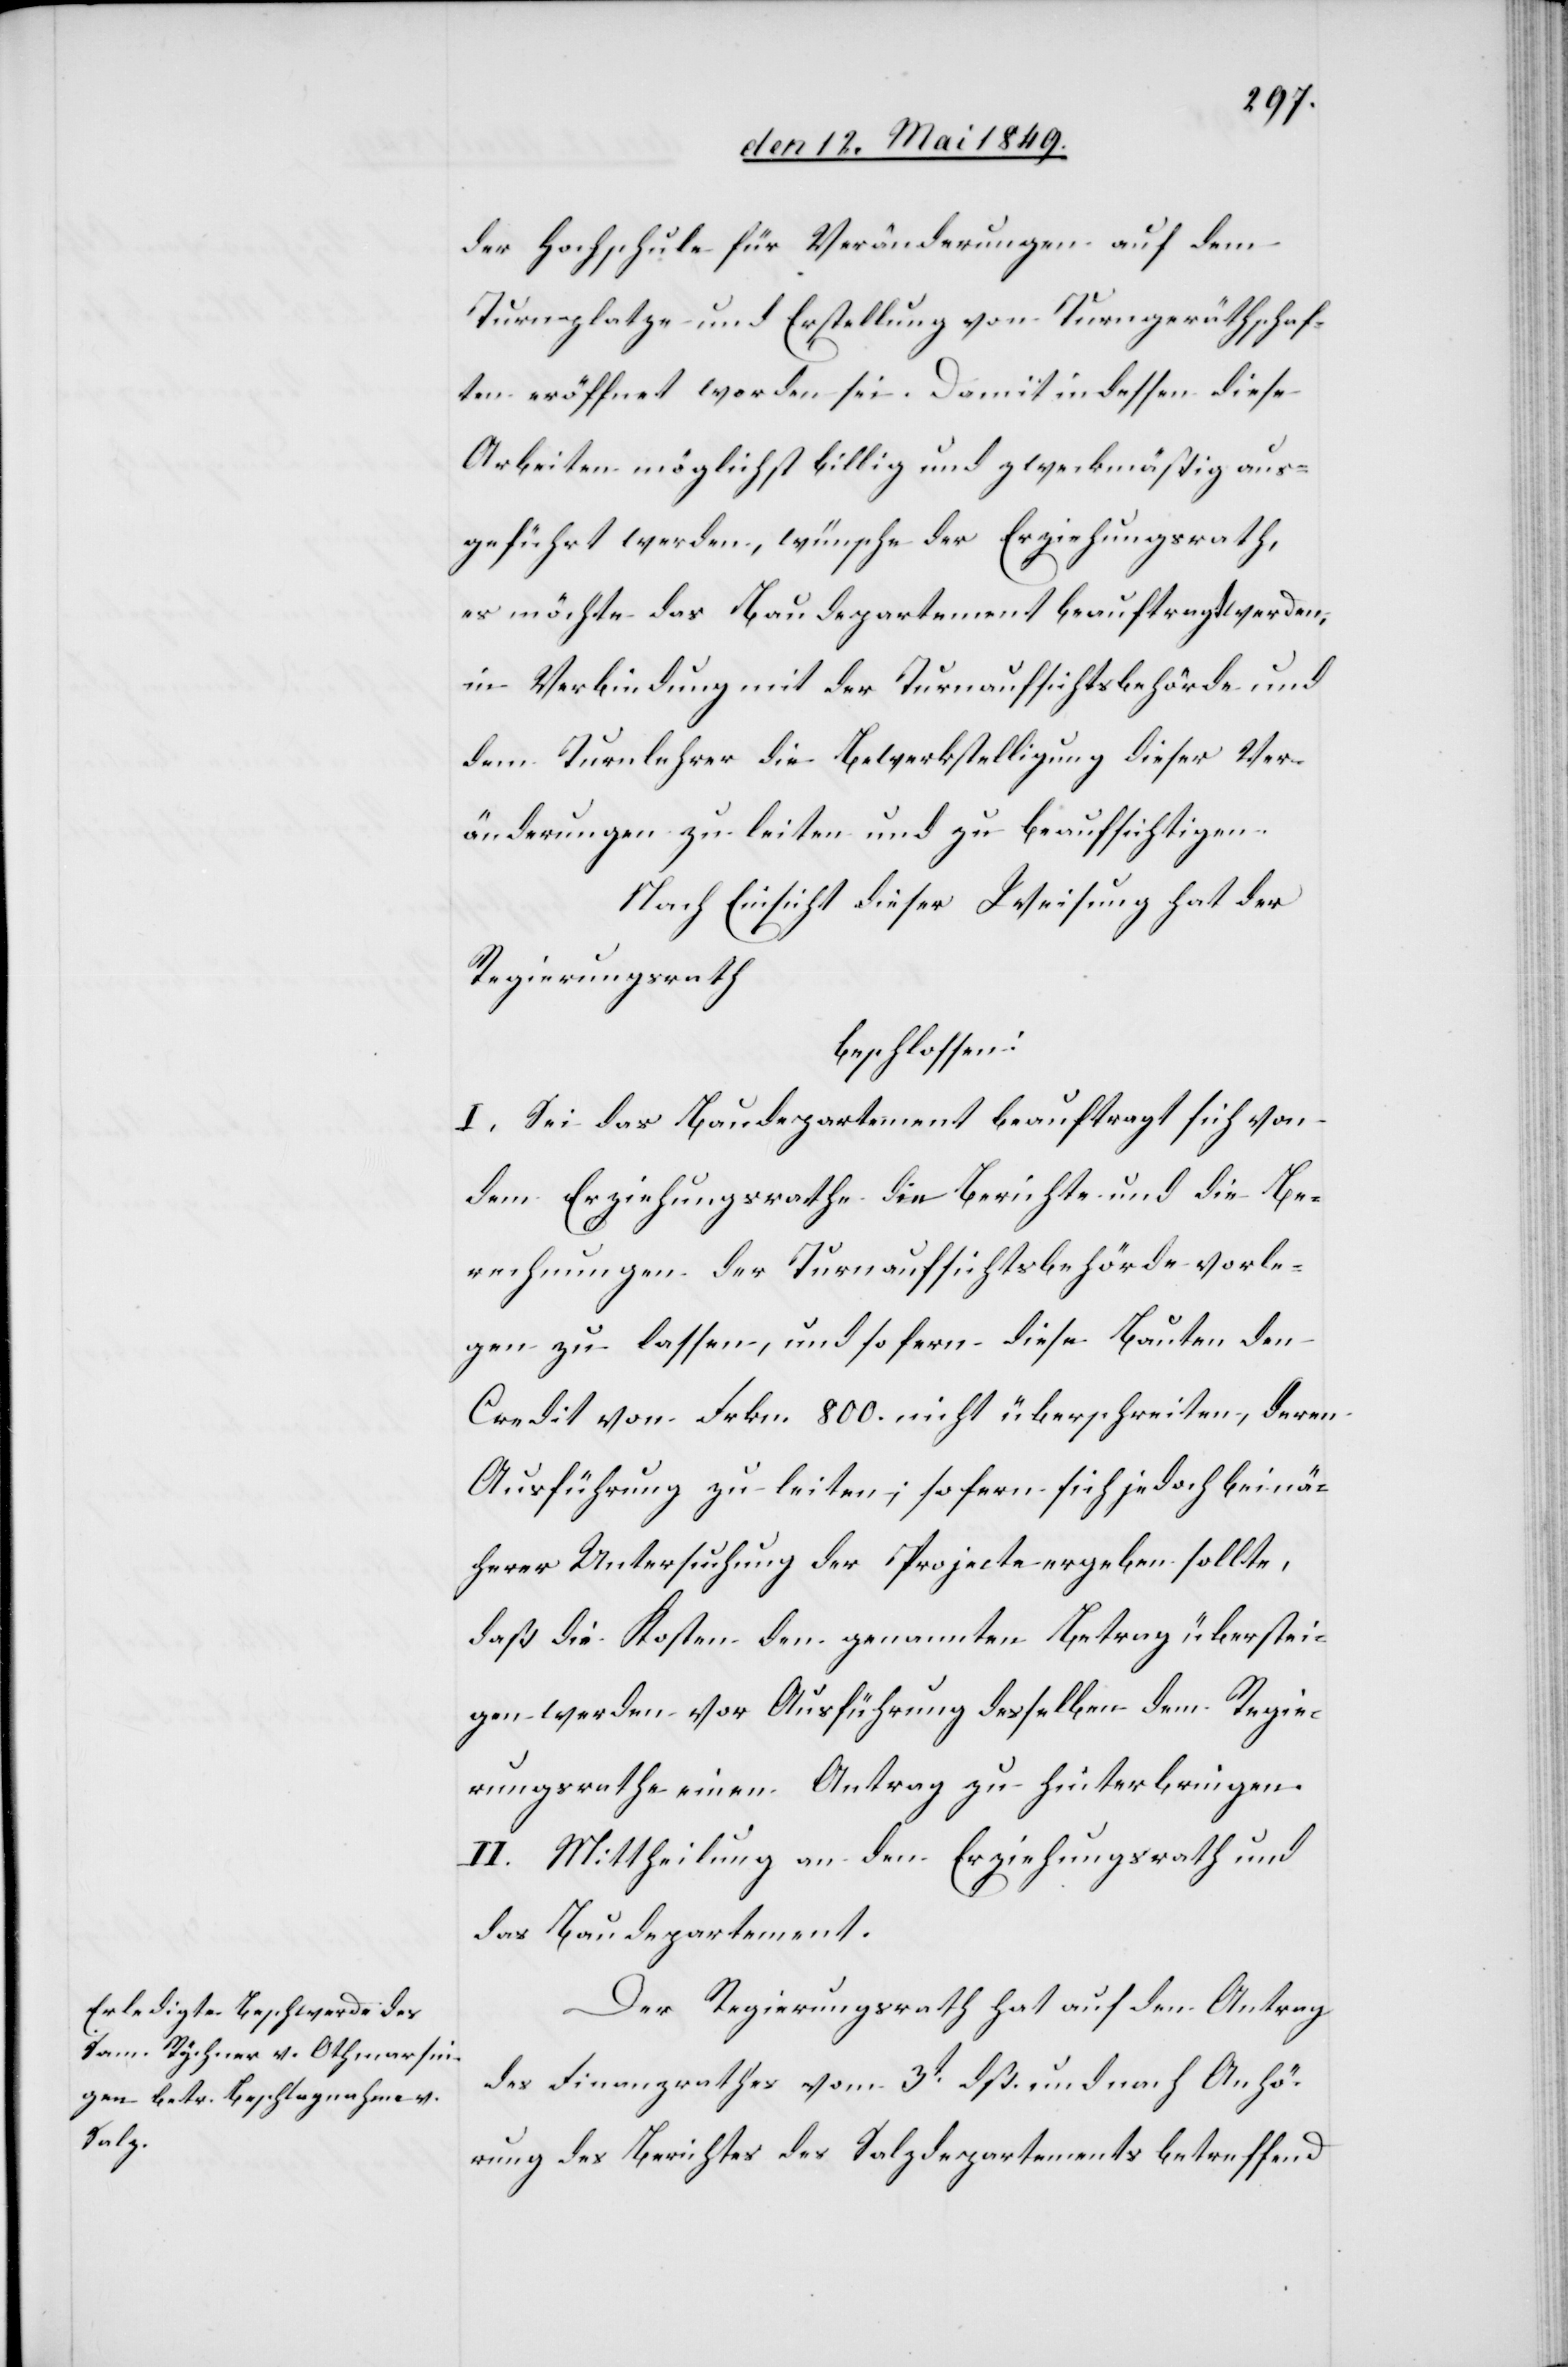
der Hochschule für Veränderungen auf dem
Turnplatze und Erstellung vom Turngeräthschaf¬
ten eröffnet worden sei. Damit indessen diese
Arbeiten möglichst billig und zweckmäßig aus¬
geführt werden, wünsche der Erziehungsrath,
es möchte das Baudepartement beauftragt werden,
in Verbindung mit der Turnaufsichtsbehörde und
dem Turnlehrer die Bewerkstelligung dieser Ver¬
änderungen zu leiten und zu beaufsichtigen.
Nach Einsicht dieser Weisung hat der
Regierungsrath
beschlossen:
I. Sei das Baudepartement beauftragt sich von
dem Erziehungsrathe die Berichte und die Be¬
rechnungen der Turnaufsichtsbehörde vorle¬
gen zu lassen, und so fern diese Bauten den
Credit von Frkn. 800. nicht überschreiten, deren
Ausführung zu leiten, sofern sich jedoch bei nä¬
herer Untersuchung der Projecte ergeben sollte,
daß die Kosten den genannten Betrag überstei¬
gen werden vor Ausführung desselben dem Regie¬
rungsrathe einen Antrag zu hinterbringen.
II. Mittheilung an den Erziehungsrath und
das Baudepartement.
Der Regierungsrath hat auf den Antrag
des Finanzrathes vom 3t dß. und nach Anhö¬
rung des Berichtes des Salzdepartements betreffend